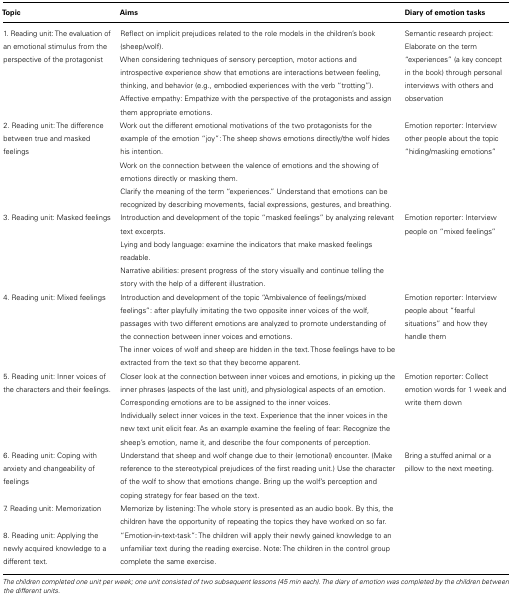
<table><thead><tr><td><b>Topic</b></td><td><b>Aims</b></td><td><b>Diary of emotion tasks</b></td></tr></thead><tbody><tr><td>1. Reading unit: The evaluation of an emotional stimulus from the perspective of the protagonist</td><td>Reflect on implicit prejudices related to the role models in the children’s book (sheep/wolf).When considering techniques of sensory perception, motor actions and introspective experience show that emotions are interactions between feeling, thinking, and behavior (e.g., embodied experiences with the verb “trotting”).Affective empathy: Empathize with the perspective of the protagonists and assign them appropriate emotions.</td><td>Semantic research project: Elaborate on the term “experiences” (a key concept in the book) through personal interviews with others and observation</td></tr><tr><td>2. Reading unit: The difference between true and masked feelings</td><td>Work out the different emotional motivations of the two protagonists for the example of the emotion “joy”: The sheep shows emotions directly/the wolf hides his intention.Work on the connection between the valence of emotions and the showing of emotions directly or masking them.Clarify the meaning of the term “experiences.” Understand that emotions can be recognized by describing movements, facial expressions, gestures, and breathing.</td><td>Emotion reporter: Interview other people about the topic “hiding/masking emotions”</td></tr><tr><td>3. Reading unit: Masked feelings</td><td>Introduction and development of the topic “masked feelings” by analyzing relevant text excerpts.Lying and body language: examine the indicators that make masked feelings readable.Narrative abilities: present progress of the story visually and continue telling the story with the help of a different illustration.</td><td>Emotion reporter: Interview people on “mixed feelings”</td></tr><tr><td>4. Reading unit: Mixed feelings</td><td>Introduction and development of the topic “Ambivalence of feelings/mixed feelings”: after playfully imitating the two opposite inner voices of the wolf, passages with two different emotions are analyzed to promote understanding of the connection between inner voices and emotions.The inner voices of wolf and sheep are hidden in the text. Those feelings have to be extracted from the text so that they become apparent.</td><td>Emotion reporter: Interview people about “fearful situations” and how they handle them</td></tr><tr><td>5. Reading unit: Inner voices of the characters and their feelings.</td><td>Closer look at the connection between inner voices and emotions, in picking up the inner phrases (aspects of the last unit), and physiological aspects of an emotion. Corresponding emotions are to be assigned to the inner voices.Individually select inner voices in the text. Experience that the inner voices in the new text unit elicit fear. As an example examine the feeling of fear: Recognize the sheep’s emotion, name it, and describe the four components of perception.</td><td>Emotion reporter: Collect emotion words for 1 week and write them down</td></tr><tr><td>6. Reading unit: Coping with anxiety and changeability of feelings</td><td>Understand that sheep and wolf change due to their (emotional) encounter. (Make reference to the stereotypical prejudices of the first reading unit.) Use the character of the wolf to show that emotions change. Bring up the wolf’s perception and coping strategy for fear based on the text.</td><td>Bring a stuffed animal or a pillow to the next meeting.</td></tr><tr><td>7. Reading unit: Memorization</td><td>Memorize by listening: The whole story is presented as an audio book. By this, the children have the opportunity of repeating the topics they have worked on so far.</td><td></td></tr><tr><td>8. Reading unit: Applying the newly acquired knowledge to a different text.</td><td>“Emotion-in-text-task”: The children will apply their newly gained knowledge to an unfamiliar text during the reading exercise. Note: The children in the control group complete the same exercise.</td><td></td></tr></tbody></table>